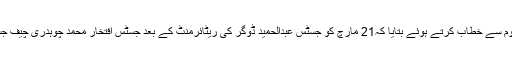
وزیر اعظم سید یوسف رضا گیلانی نے قوم سے خطاب کرتے ہوئے بتایا کہ21 مارچ کو جسٹس عبدالحمید ڈوگر کی ریٹائرمنٹ کے بعد جسٹس افتخار محمد چوہدری چیف جسٹس آف پاکستان کا عہدہ سنبھال لیں گے۔